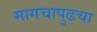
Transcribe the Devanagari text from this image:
मागचापुढचा